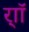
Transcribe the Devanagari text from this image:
र्‍ाॉ